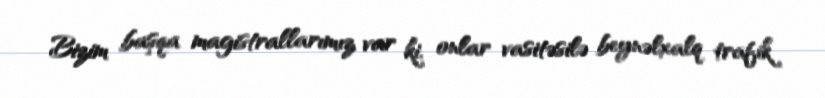
Bizim başqa magistrallarımız var ki, onlar vasitəsilə beynəlxalq trafik